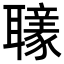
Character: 𦘄